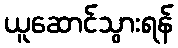
ယူဆောင်သွားရန်